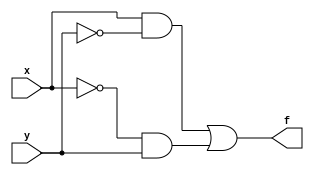
module f_xor(x,y,f);
input x,y;
output f;
assign f = (x&~y)|(~x&y);
endmodule